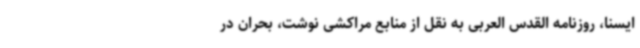
ایسنا، روزنامه القدس العربی به نقل از منابع مراکشی نوشت، بحران در